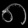
Digit: ၈